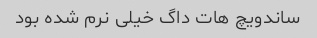
ساندویچ هات داگ خیلی نرم شده بود